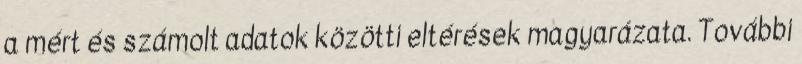
a mért és számolt adatok közötti eltérések magyarázata. További